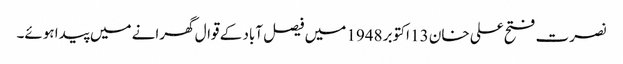
نصرت فتح علی خان 13 اکتوبر 1948 میں فیصل آباد کے قوال گھرانے میں پیدا ہوئے۔